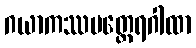
ဂယာကဿပတ္တေရဂါထာ